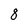
Character: 8